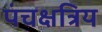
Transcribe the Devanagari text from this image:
पंचक्षत्रिय